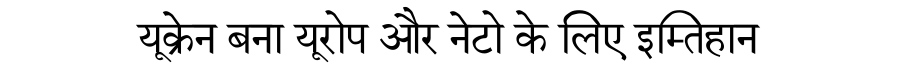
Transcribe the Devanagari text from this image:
यूक्रेन बना यूरोप और नेटो के लिए इम्तिहान